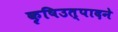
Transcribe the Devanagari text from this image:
कृषिउत्पादने